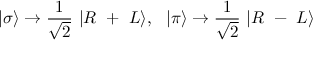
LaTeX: | \sigma \rangle \rightarrow \frac { 1 } { \sqrt { 2 } } ~ | R ~ + ~ L \rangle , \ \ | \pi \rangle \rightarrow \frac { 1 } { \sqrt { 2 } } ~ | R ~ - ~ L \rangle